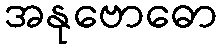
အနုဗောဓော